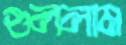
গুললাম